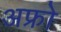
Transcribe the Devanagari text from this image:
अफ्रो